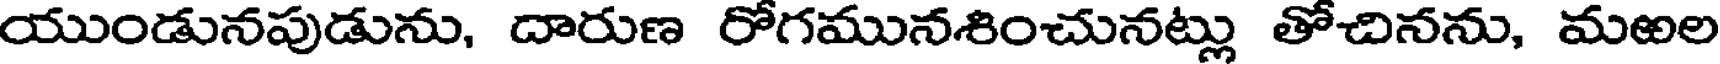
యుండునపుడును, దారుణ రోగమునశించునట్లు తోచినను, మఱల